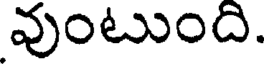
వుంటుంది.